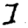
Digit: 1